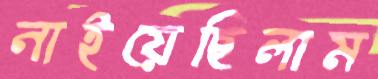
নাইয়েছিলাম